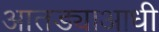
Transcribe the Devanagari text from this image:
आतड्याआधी